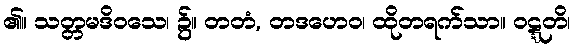
၏။ သတ္တမဒိဝသေ၊ ၌။ တတံ, တဒဟေဝ၊ ထိုတရက်သာ။ ဝဋ္ဋတိ၊